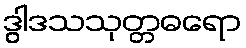
ဒွါဒသသုတ္တဓရော